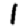
Digit: 1